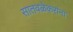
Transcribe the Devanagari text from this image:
सातवळेकरांना